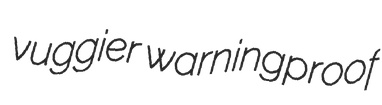
vuggier warningproof